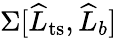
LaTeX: \Sigma[\widehat{L}_{\mathrm{ts}},\widehat{L}_{b}]